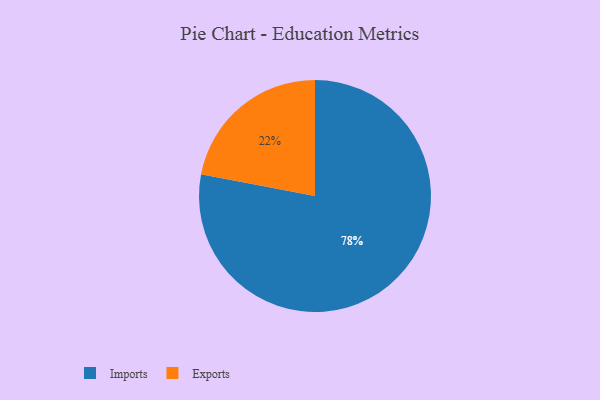
{"axis": {"x": "Category", "y": "Percentage"}, "legend": ["Exports", "Imports"], "data": [{"x": "Exports", "y": 22, "type": "Exports"}, {"x": "Imports", "y": 78, "type": "Imports"}]}